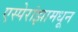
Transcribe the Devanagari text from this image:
एस्पेरांझामधून